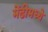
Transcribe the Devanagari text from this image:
मेंढीमध्ये